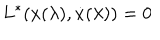
LaTeX: L ^ { * } ( x ( \lambda ) , { \dot { x } } ( \lambda ) ) = 0